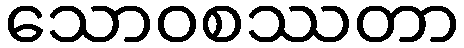
သောဝစဿတာ